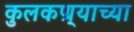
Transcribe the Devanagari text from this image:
कुलकण्र्याच्या